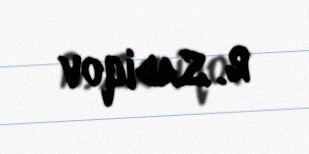
R. Sadiqov